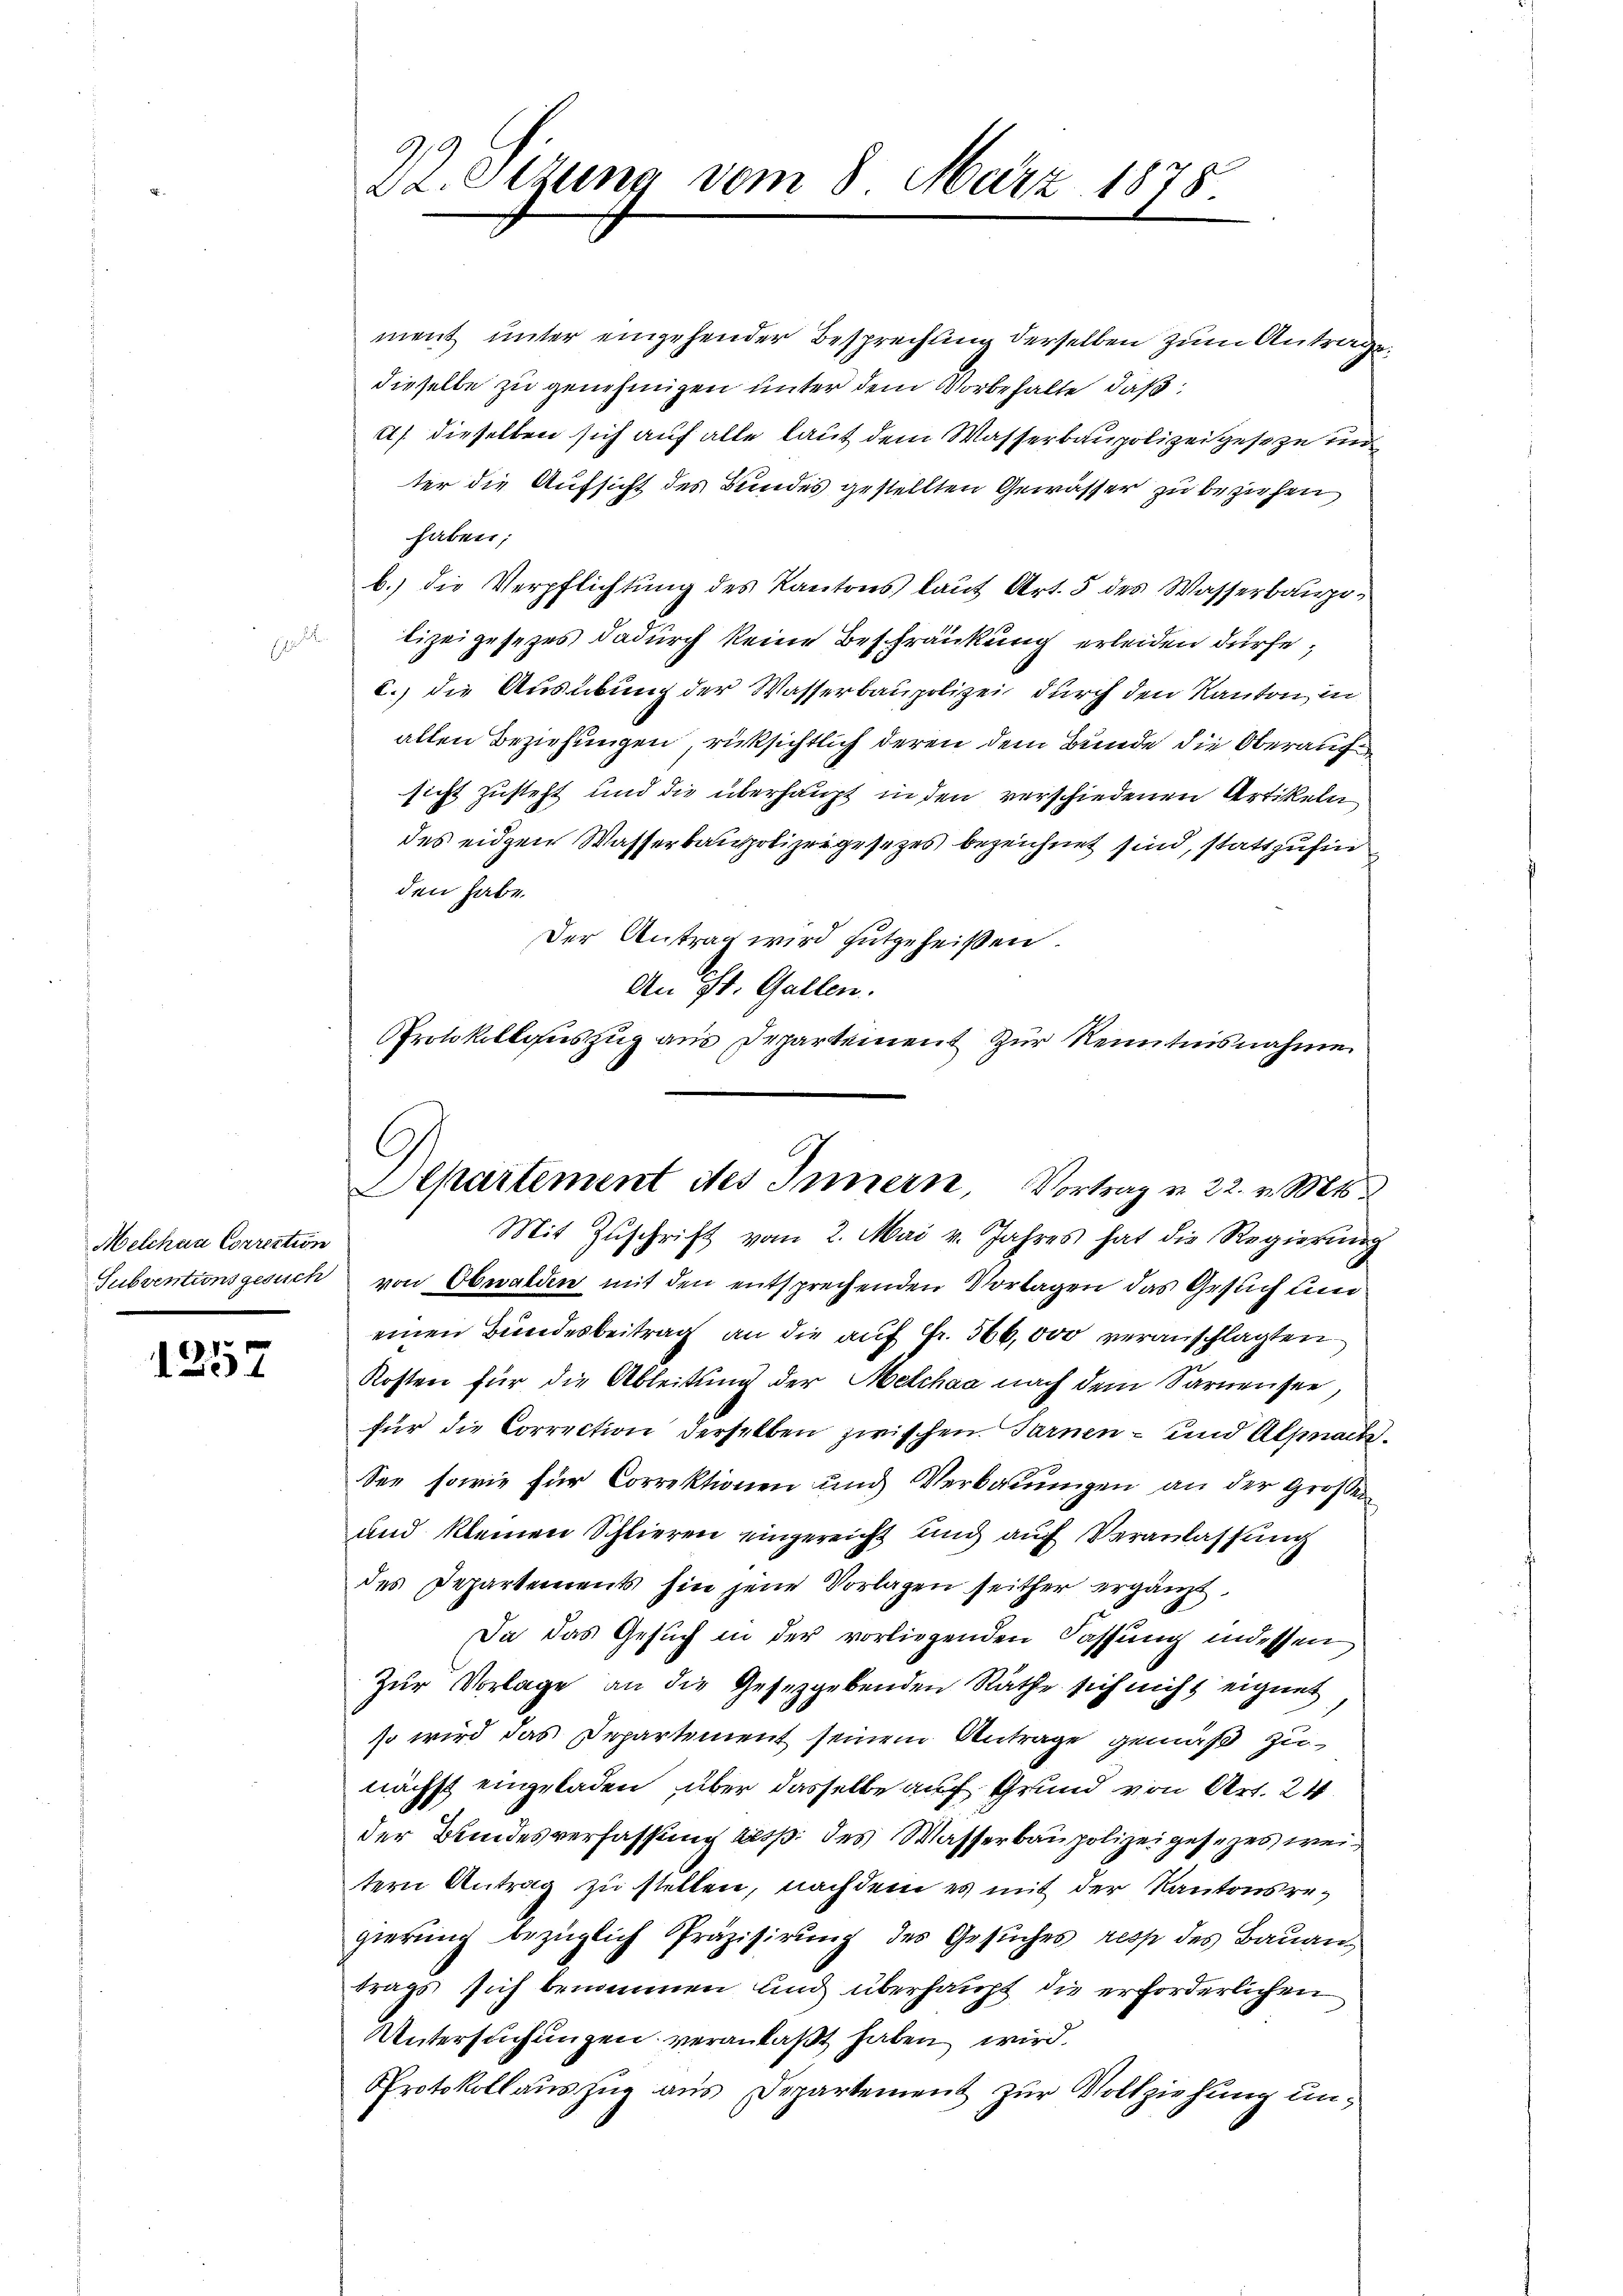
Melchen Correction
d

1257

22. Olgung vom 8. März 1878.

ment unter eingehender Besprechung derselben zum Antragen
dieselbe zu genehmigen unter dem Vorbehalte, daß
2) dieselben sich auf alle laut dem Wasserbaupolizeigeseze un
ter die Aufsicht des Bundes gestellten Gewässer zu beziehen
haben;
b.) die Verpflichtung des Kantons laut Art. 5 des Wasserbaupolizeigesezes dadŭrch keine Beschränkung erleiden dürfe;
c.) die Ausübung der Wasserbaupolizei durch den Kanton in
allen Beziehungen rücksichtlich deren dem Bunde die Oberaufsicht zusteht und die überhaupt in den verschiedenen Artikeln
des eidgen Wasserbaupolizeigesezes bezeichnet sind, stattzufin
den habe.
Der Antrag wird gutgeheißen.
An St. Gallen.
Protokollauszug aus Departement zur Kenntnisnahme

C
Departement des Innern, Vortrag u. 22. v. Mts.
Mit Zŭschrift vom 2. Mai v. Jahres hat die Regierŭng

Subventionsgesuch von Obwalden mit den entsprechenden Vorlagen das Gesuch und
einen Bundesbeitrag an die auf Fr. 566,000 veranschlagten
Kosten für die Ableitung der Melchaa nach dem Sarnensee,
für die Correction derselben zwischen Sarnen- und Alpnach¬
See sowie für Correktionen und Verbauungen an der Großen
und kleinen Schlieren eingereicht und auch Veranlassung
des Departements hin jene Vorlagen seither ergänzt,
Da das Gesuch in der vorliegenden Fassung indessen
Zur Vorlage an die Gesetzgebenden Räthe sich nicht eignet
so wird das Departement seinem Antrage gemäß zunächst eingeladen, über dasselbe auf Grund von Art. 24
der Bundesverfassung resp. des Wasserbaupolizei gesezes, wei
tern Antrag zu stellen, nachdem es mit der Kantonsregierung bezüglich Präzisirung des Gesuches resp des Bauan
trags sich benommen und überhaupt die erforderlichen
Untersuchungen veranlaßt haben wird.
Protokollauszug aus Departement zur Vollziehung un¬